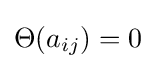
\Theta (a_{ij})=0